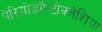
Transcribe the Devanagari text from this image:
पेरियोडॉण्टोक्लेशिया